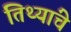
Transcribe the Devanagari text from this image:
तिथ्यांचे